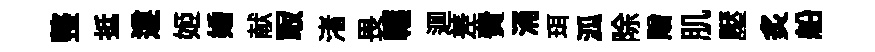
整抵遵姬婚献冣渚畏轅逥差費涌珥泒除贈肌壓炙船